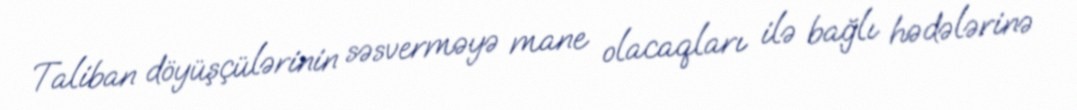
Taliban döyüşçülərinin səsverməyə mane olacaqları ilə bağlı hədələrinə